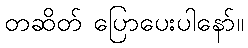
တဆိတ် ပြောပေးပါနော်။